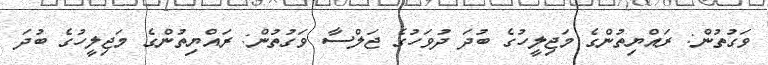
ވަގުތުން: ރައްޔިތުންގެ މަޖިލީހުގެ ބުދަ ދުވަހުގެ ޖަލްސާ ވަގުތުން: ރައްޔިތުންގެ މަޖިލީހުގެ ބުދަ